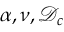
\alpha , \nu , \mathcal { D } _ { c }